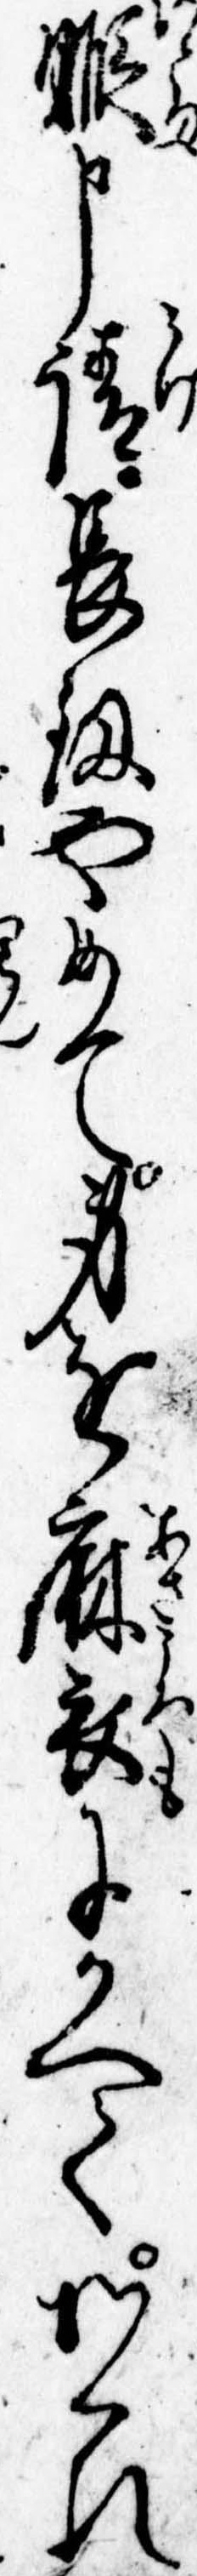
𨉣申請長剣やめて身を麻衣にかへてかくれ